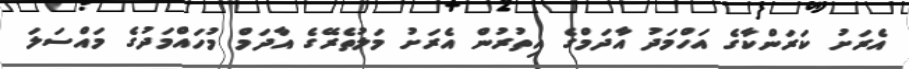
އެރަށު ކަރަންކާގެ އަހްމަދު އާދަމްގެ އިތުރުން އެރަށު މަލުތެރޭގެ އާދަމް މުހައްމަދުގެ މައްސަލަ